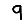
Digit: 9